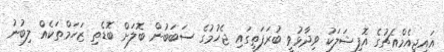
އައިޖީއެމްއެޗުގެ އޮފިޝަލަކު ވިދާޅުވީ ބުރަފަތީގައި ޖެހުމުގެ ސަބަބުން ބޮލަށް ބޮޑެތި ޒަހަމްތަކެއް ލިބުނު